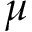
\mu